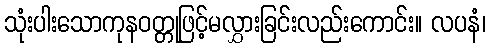
သုံးပါးသောကုနဝတ္တုဖြင့်မလွှားခြင်းလည်းကောင်း။ လပနံ၊